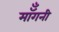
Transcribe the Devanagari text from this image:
मॉँगनी